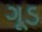
ગૂડ